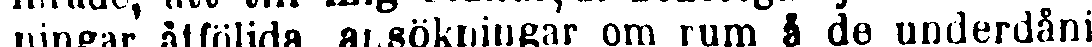
ningar åtföljda ansökningar om rum å de underdåni-